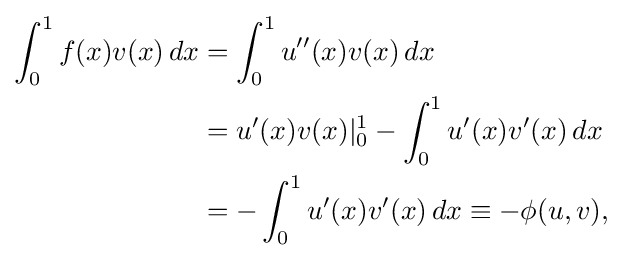
{\begin{aligned}\int _{0}^{1}f(x)v(x)\,dx&=\int _{0}^{1}u''(x)v(x)\,dx\\&=u'(x)v(x)|_{0}^{1}-\int _{0}^{1}u'(x)v'(x)\,dx\\&=-\int _{0}^{1}u'(x)v'(x)\,dx\equiv -\phi (u,v),\end{aligned}}